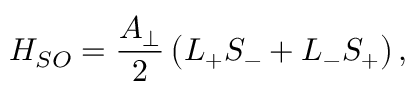
H _ { S O } = \frac { A _ { \perp } } { 2 } \left( L _ { + } S _ { - } + L _ { - } S _ { + } \right) ,